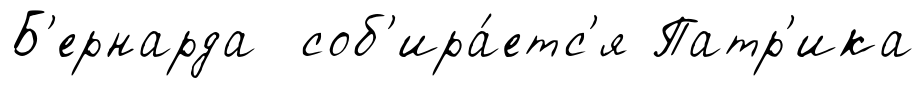
Б'ернарда соб'ира́етс'я Патр'ика